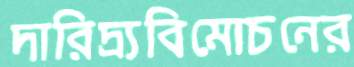
দারিদ্র্যবিমোচনের